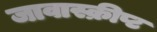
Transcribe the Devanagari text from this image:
जावास्क्रीप्ट